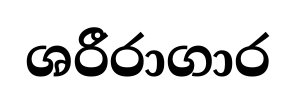
ශරීරාගාර